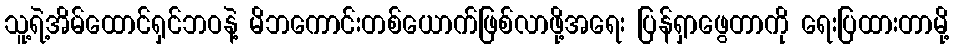
သူ့ရဲ့အိမ်ထောင်ရှင်ဘဝနဲ့ မိဘကောင်းတစ်ယောက်ဖြစ်လာဖို့အရေး ပြန်ရှာဖွေတာကို ရေးပြထားတာမို့